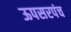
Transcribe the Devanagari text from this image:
ऊपसरपंच